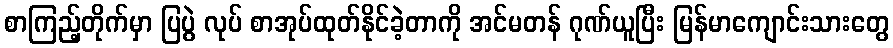
စာကြည့်တိုက်မှာ ပြပွဲ လုပ် စာအုပ်ထုတ်နိုင်ခဲ့တာကို အင်မတန် ဂုဏ်ယူပြီး မြန်မာကျောင်းသားတွေ